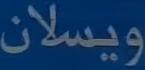
ويسلان